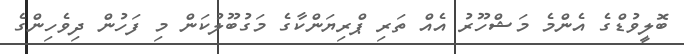
ބޮލީވުޑްގެ އެންމެ މަޝްހޫރު އެއް ތަރި ޕްރިޔަންކާގެ މަގުބޫލުކަން މި ފަހުން ދިވެހިންގެ